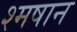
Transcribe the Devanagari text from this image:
श्मषान